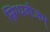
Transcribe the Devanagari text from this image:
स्निग्धबीजम्